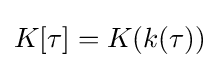
K[\tau ]=K(k(\tau ))